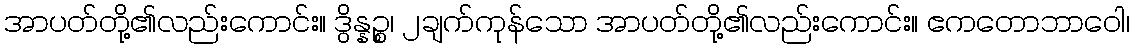
အာပတ်တို့၏လည်းကောင်း။ ဒွိန္နဉ္စ၊ ၂ချက်ကုန်သော အာပတ်တို့၏လည်းကောင်း။ ဧကတောဘာဝေါ၊